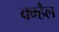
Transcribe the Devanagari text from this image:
क्म्हैल